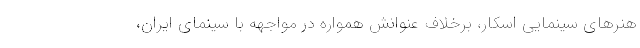
هنرهای سینمایی اسکار، برخلاف عنوانش همواره در مواجهه با سینمای ایران،